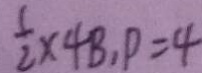
\frac { 1 } { 2 } \times 4 B , P = 4